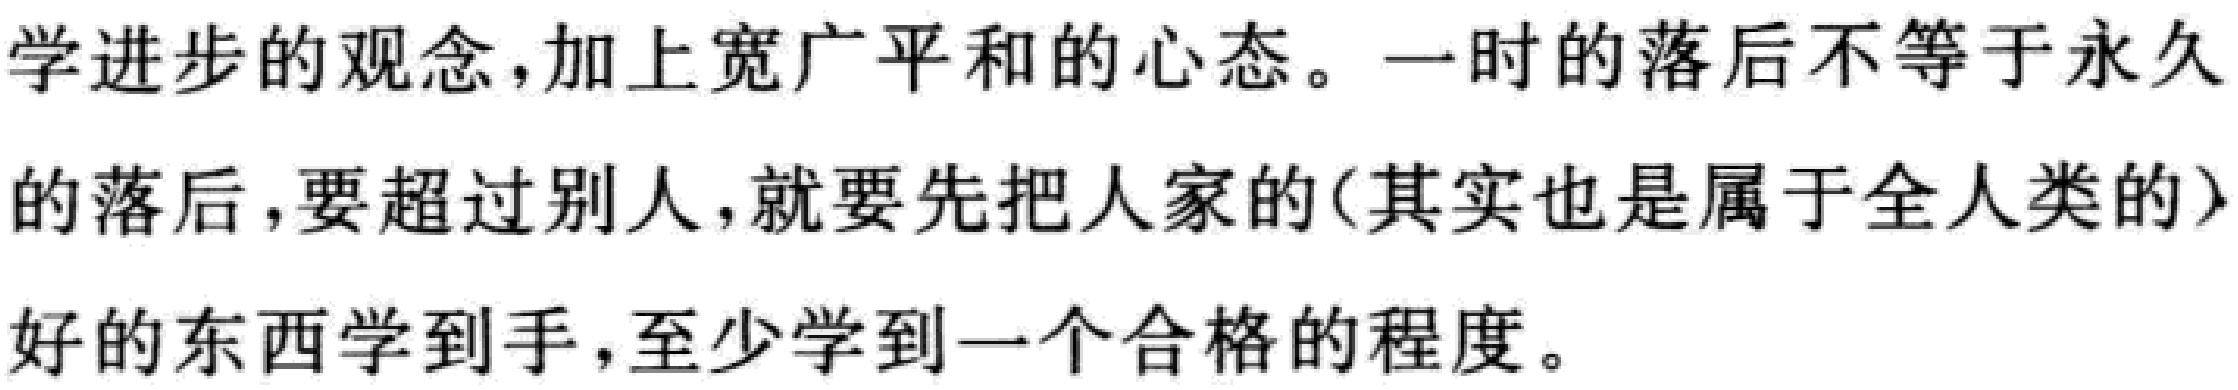
学进步的观念，加上宽广平和的心态。一时的落后不等于永久的落后，要超过别人，就要先把人家的(其实也是属于全人类的)好的东西学到手，至少学到一个合格的程度。